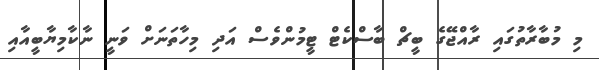
މި މުބާރާތުގައި ރާއްޖޭގެ ބީޗް ބާސްކެޓް ޓީމުންވެސް އަދި މިހާތަނަށް ވަނީ ނާކާމިޔާބީއާއި